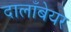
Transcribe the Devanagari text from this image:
दालाँबेयर